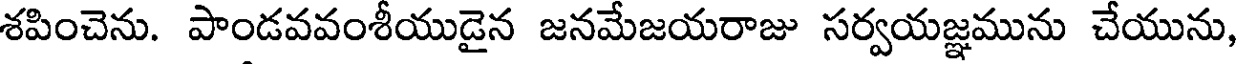
శపించెను. పాండవవంశీయుడైన జనమేజయరాజు సర్వయజ్ఞమును చేయును,